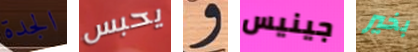
الجدة يحبس و جينيس بخير